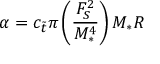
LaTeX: \alpha = c _ { \tilde { t } } \pi \left( \frac { F _ { S } ^ { 2 } } { M _ { \ast } ^ { 4 } } \right) M _ { \ast } R